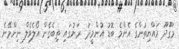
މަގޫދޫ ރައްޔިތުންގެ އެންމެ ބޮޑު އުންމީދު  ރަށުގައި ތިބެގެން އޯލެވެލް ނިންމޭނެ